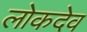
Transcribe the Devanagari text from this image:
लोकदेव